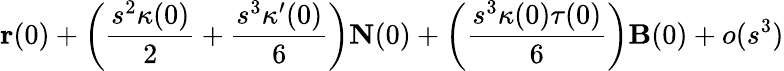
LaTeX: \mathbf{r}(0)+\left({\frac{s^{2}\kappa(0)}{2}}+{\frac{s^{3}\kappa^{\prime}(0)}{6}}\right)\mathbf{N}(0)+\left({\frac{s^{3}\kappa(0)\tau(0)}{6}}\right)\mathbf{B}(0)+o(s^{3})